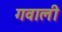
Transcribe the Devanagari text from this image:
गवाली